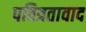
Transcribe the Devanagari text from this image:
पवित्रतावाद